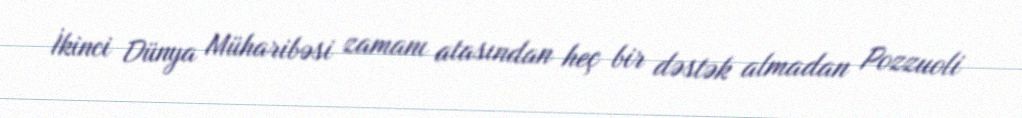
İkinci Dünya Müharibəsi zamanı atasından heç bir dəstək almadan Pozzuoli